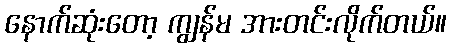
နောက်ဆုံးတော့ ကျွန်မ အားတင်းလိုက်တယ်။